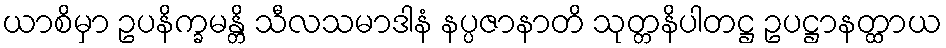
ယာစိမှာ ဥပနိက္ခမန္တိ သီလသမာဒါနံ နပ္ပဇာနာတိ သုတ္တနိပါတဋ္ဌ ဥပဋ္ဌာနတ္ထာယ